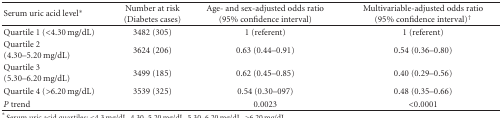
<table><thead><tr><td><b>Serum uric acid level*</b></td><td><b>Number at risk (Diabetes cases)</b></td><td><b>Age- and sex-adjusted odds ratio (95% confidence interval)</b></td><td><b>Multivariable-adjusted odds ratio (95% confidence interval)<sup>†</sup></b></td></tr></thead><tbody><tr><td> Quartile 1 (&lt;4.30 mg/dL)</td><td>3482 (305)</td><td>1 (referent)</td><td>1 (referent)</td></tr><tr><td> Quartile 2 (4.30–5.20 mg/dL)</td><td>3624 (206)</td><td>0.63 (0.44–0.91)</td><td>0.54 (0.36–0.80)</td></tr><tr><td> Quartile 3 (5.30–6.20 mg/dL)</td><td>3499 (185)</td><td>0.62 (0.45–0.85)</td><td>0.40 (0.29–0.56)</td></tr><tr><td> Quartile 4 (&gt;6.20 mg/dL)</td><td>3539 (325)</td><td>0.54 (0.30–097)</td><td>0.48 (0.35–0.66)</td></tr><tr><td><i>P</i> trend</td><td></td><td>0.0023</td><td>&lt;0.0001</td></tr></tbody></table>